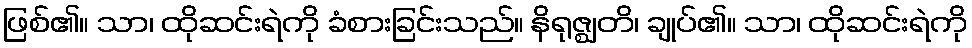
ဖြစ်၏။ သာ၊ ထိုဆင်းရဲကို ခံစားခြင်းသည်။ နိရုဇ္ဈတိ၊ ချုပ်၏။ သာ၊ ထိုဆင်းရဲကို